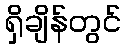
ရှိချိန်တွင်